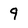
Character: 9